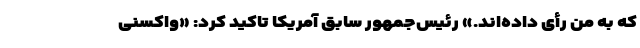
که به من رأی داده‌اند.» رئیس‌جمهور سابق آمریکا تاکید کرد: «واکسنی